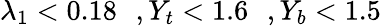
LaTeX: \lambda_{1}<0.18\, \, \, \, ,Y_{t}<1.6\, \, \, \, ,Y_{b}<1.5